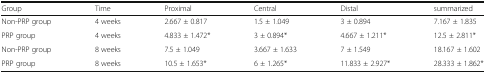
<table><thead><tr><td><b>Group</b></td><td><b>Time</b></td><td><b>Proximal</b></td><td><b>Central</b></td><td><b>Distal</b></td><td><b>summarized</b></td></tr></thead><tbody><tr><td>Non-PRP group</td><td>4 weeks</td><td>2.667 ± 0.817</td><td>1.5 ± 1.049</td><td>3 ± 0.894</td><td>7.167 ± 1.835</td></tr><tr><td>PRP group</td><td>4 weeks</td><td>4.833 ± 1.472*</td><td>3 ± 0.894*</td><td>4.667 ± 1.211*</td><td>12.5 ± 2.811*</td></tr><tr><td>Non-PRP group</td><td>8 weeks</td><td>7.5 ± 1.049</td><td>3.667 ± 1.633</td><td>7 ± 1.549</td><td>18.167 ± 1.602</td></tr><tr><td>PRP group</td><td>8 weeks</td><td>10.5 ± 1.653*</td><td>6 ± 1.265*</td><td>11.833 ± 2.927*</td><td>28.333 ± 1.862*</td></tr></tbody></table>